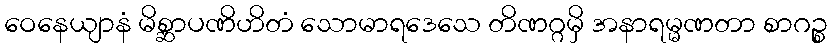
ဝေနေယျာနံ မိစ္ဆာပဏိဟိတံ သောမာရဒေသေ တိဏဂ္ဂမှိ အနာရမ္မဏတာ စာဂဉ္စ